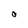
Character: O